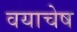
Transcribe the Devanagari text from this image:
वयाचेष